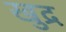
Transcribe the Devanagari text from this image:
खुद्र